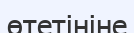
өтетініне